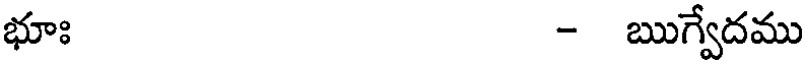
భూః - ఋగ్వేదము